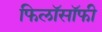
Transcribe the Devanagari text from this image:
फिलाॅसाॅफी